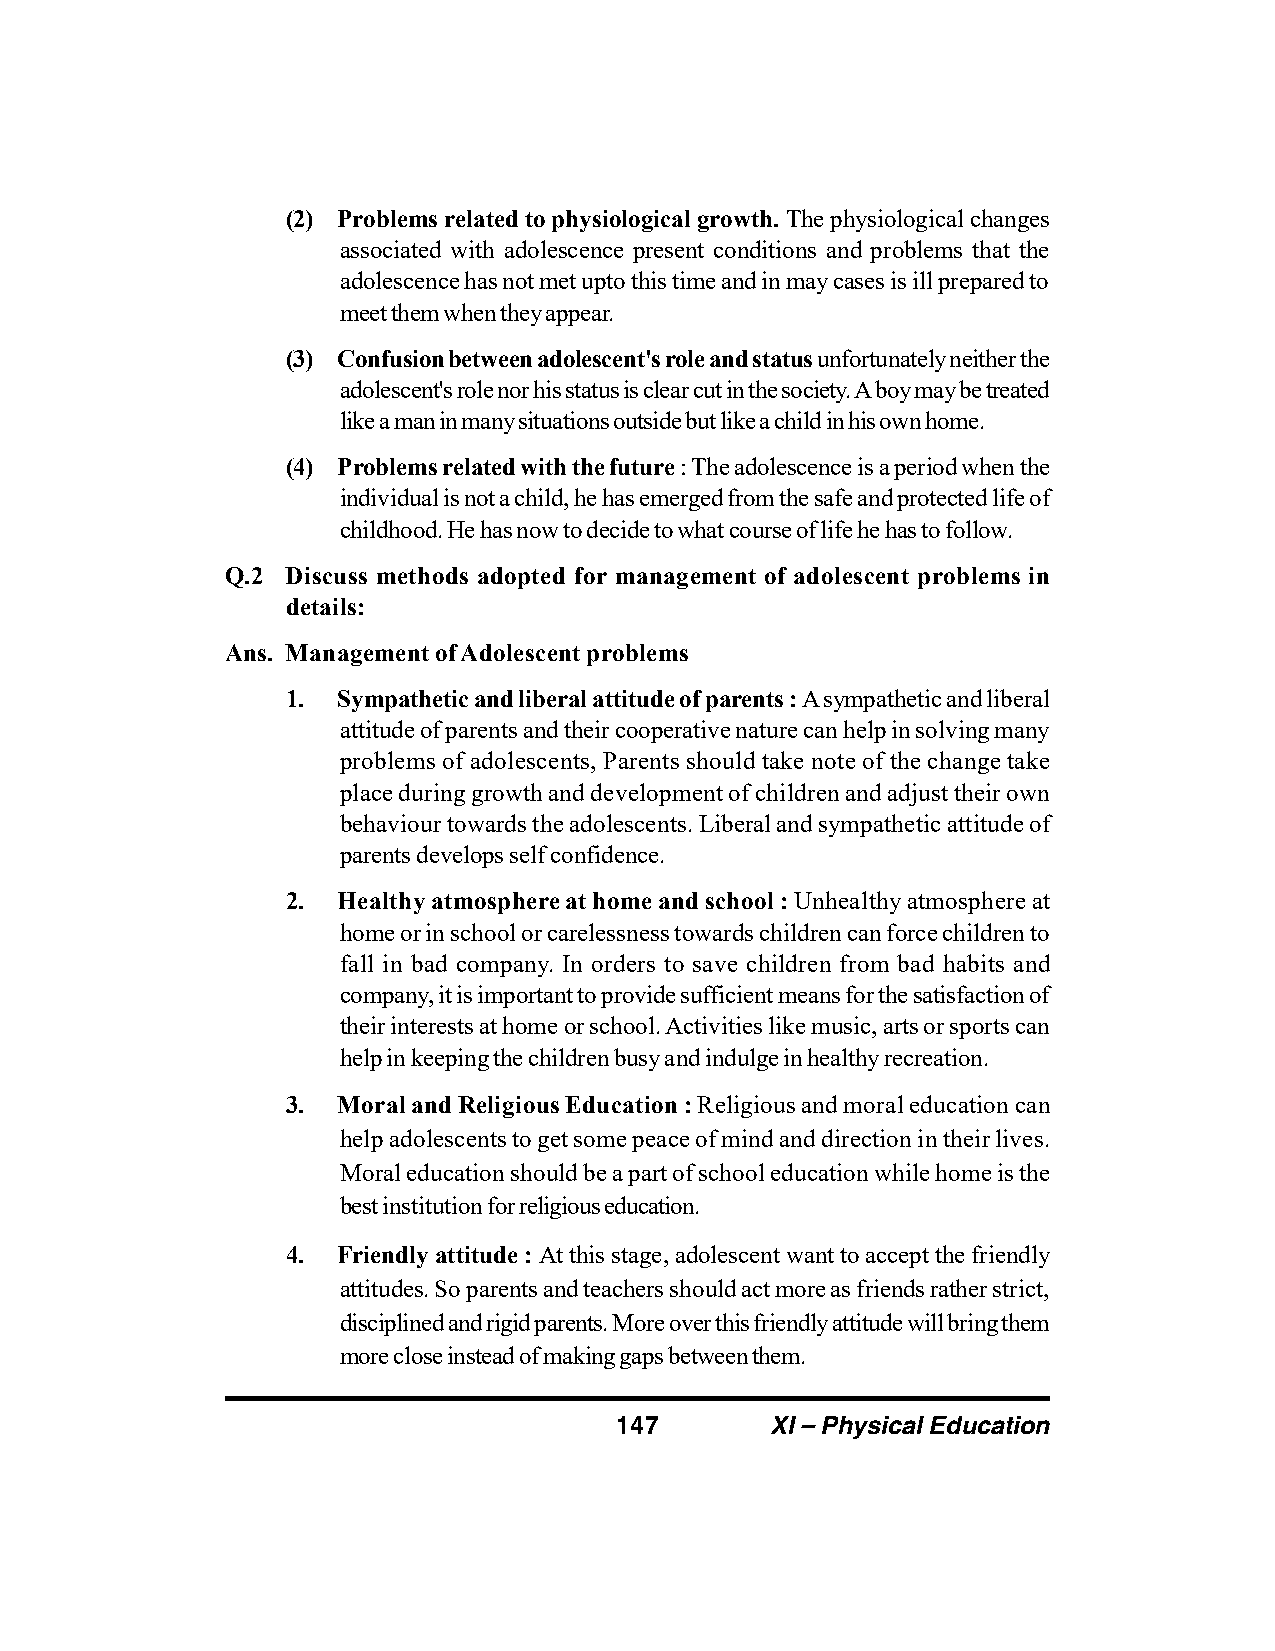
(2) Problems related to physiological growth. The physiological changes
 associated with adolescence present conditions and problems that the
 adolescence has not met upto this time and in may cases is ill prepared to
 meet them when they appear.
 (3) Confusion between adolescent's role and status unfortunately neither the
 adolescent's role nor his status is clear cut in the society. A boy may be treated
 like a man in many situations outside but like a child in his own home.
 (4) Problems related with the future : The adolescence is a period when the
 individual is not a child, he has emerged from the safe and protected life of
 childhood. He has now to decide to what course of life he has to follow.
 Q.2 Discuss methods adopted for management of adolescent problems in
 details:
 Ans. Management of Adolescent problems
 1. Sympathetic and liberal attitude of parents : A sympathetic and liberal
 attitude of parents and their cooperative nature can help in solving many
 problems of adolescents, Parents should take note of the change take
 place during growth and development of children and adjust their own
 behaviour towards the adolescents. Liberal and sympathetic attitude of
 parents develops self confidence.
 2. Healthy atmosphere at home and school : Unhealthy atmosphere at
 home or in school or carelessness towards children can force children to
 fall in bad company. In orders to save children from bad habits and
 company, it is important to provide sufficient means for the satisfaction of
 their interests at home or school. Activities like music, arts or sports can
 help in keeping the children busy and indulge in healthy recreation.
 3. Moral and Religious Education : Religious and moral education can
 help adolescents to get some peace of mind and direction in their lives.
 Moral education should be a part of school education while home is the
 best institution for religious education.
 4. Friendly attitude : At this stage, adolescent want to accept the friendly
 attitudes. So parents and teachers should act more as friends rather strict,
 disciplined and rigid parents. More over this friendly attitude will bring them
 more close instead of making gaps between them.
 147       XI – Physical Education